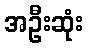
အဦးဆုံး